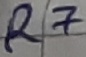
Text: R7